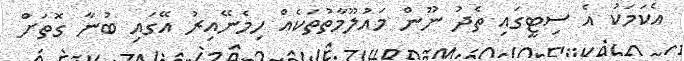
އެކަމަކު އެ ސިޓީގައި ތެދު ނޫން މައުލޫމާތުތަކެއް ހިމެނޭއިރު އޭގައި ބުނާ ގޮތަށް